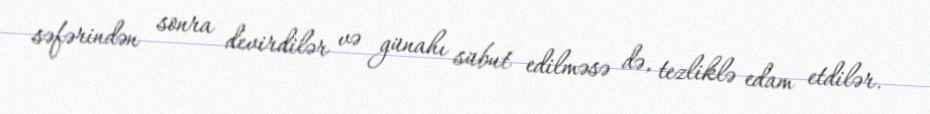
səfərindən sonra devirdilər və günahı sübut edilməsə də, tezliklə edam etdilər.